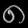
Digit: ၈